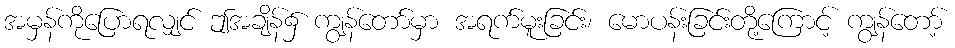
အမှန်ကိုပြောရလျှင် ဤအချိန်၌ ကျွန်တော်မှာ အရက်မူးခြင်း၊ မောပန်းခြင်းတို့ကြောင့် ကျွန်တော့်